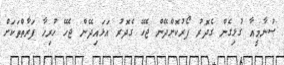
ސުނާމީއާ ގުޅިގެން ގެދޮރު ފޯރުކޮށްދޭން ޖެހޭ ގެދޮރު އަޅައިދޭން ޖެހޭ ހުރިހާ ފަރާތްތަކަށް